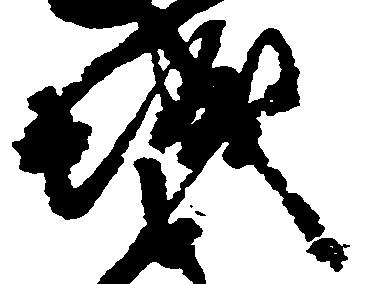
城